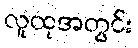
လူထုအတွင်း